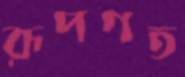
রূপগত